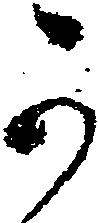
可